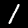
Digit: 1